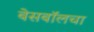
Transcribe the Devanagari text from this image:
बेसबॉलचा